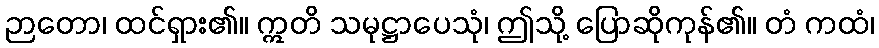
ဉာတော၊ ထင်ရှား၏။ ဣတိ သမုဋ္ဌာပေသုံ၊ ဤသို့ ပြောဆိုကုန်၏။ တံ ကထံ၊